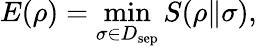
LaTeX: E(\rho)=\operatorname*{min}_{\sigma\in D_{\mathrm{sep}}}S(\rho\| \sigma),